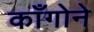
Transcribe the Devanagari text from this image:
काँगोने